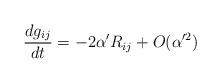
LaTeX: \begin{align*} \frac{d g_{ij}}{d t} =-2\alpha' R_{ij} + O(\alpha'^2)\end{align*}